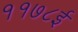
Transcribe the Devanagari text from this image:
११७८ई